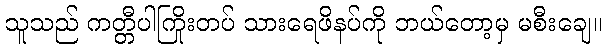
သူသည် ကတ္တီပါကြိုးတပ် သားရေဖိနပ်ကို ဘယ်တော့မှ မစီးချေ။